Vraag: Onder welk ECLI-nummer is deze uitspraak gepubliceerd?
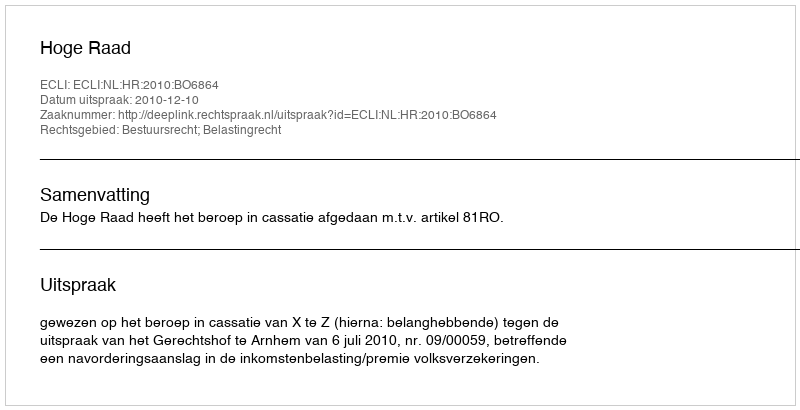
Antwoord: ECLI:NL:HR:2010:BO6864